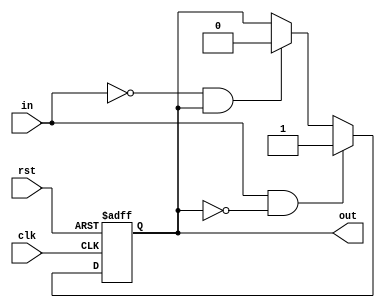
module SchmittTrigger (
    input wire clk,
    input wire rst,
    input wire in,
    output reg out
);

reg out_reg;

always @ (posedge clk or posedge rst)
begin
    if (rst) begin
        out_reg <= 1'b0;
    end else begin
        if (in && !out_reg) begin
            out_reg <= 1'b1;
        end else if (!in && out_reg) begin
            out_reg <= 1'b0;
        end
    end
end

assign out = out_reg;

endmodule